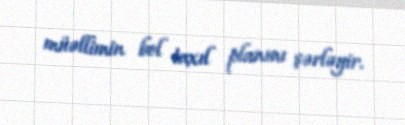
müəllimin bol taxıl planını şərləyir.